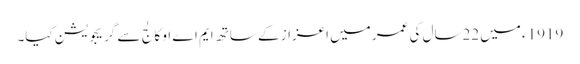
1919ء میں 22سال کی عمر میں اعزاز کے ساتھ ایم اے او کالج سے گریجویشن کیا۔